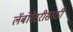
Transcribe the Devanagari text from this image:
लॅबोरेटरीसाठी